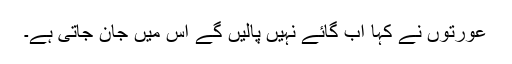
عورتوں نے کہا اب گائے نہیں پالیں گے اس میں جان جاتی ہے۔